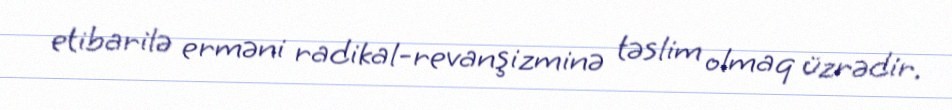
etibarilə erməni radikal-revanşizminə təslim olmaq üzrədir.